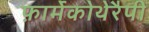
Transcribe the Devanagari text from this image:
फ़ार्मेकोथेरैपी